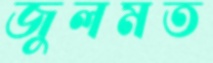
জুলমত